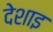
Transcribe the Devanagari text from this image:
देशाइ